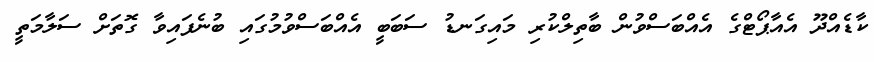
ކާޑެއްދޫ އެއާޕޯޓްގެ އެއްބަސްވުން ބާތިލްކުރި މައިގަނޑު ސަބަބީ އެއްބަސްވުމުގައި ބުނެފައިވާ ގޮތަށް ސަލާމަތީ